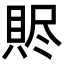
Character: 䝲